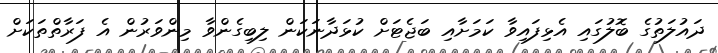
ދައުލަތުގެ ބޮލުގައި އެޅިފައިވާ ކަމަށާއި ބަޖެޓަށް ކުޅަދާނަކަން ލިބިގެންވާ މިންވަރުން އެ ފަރާތްތަކަށް